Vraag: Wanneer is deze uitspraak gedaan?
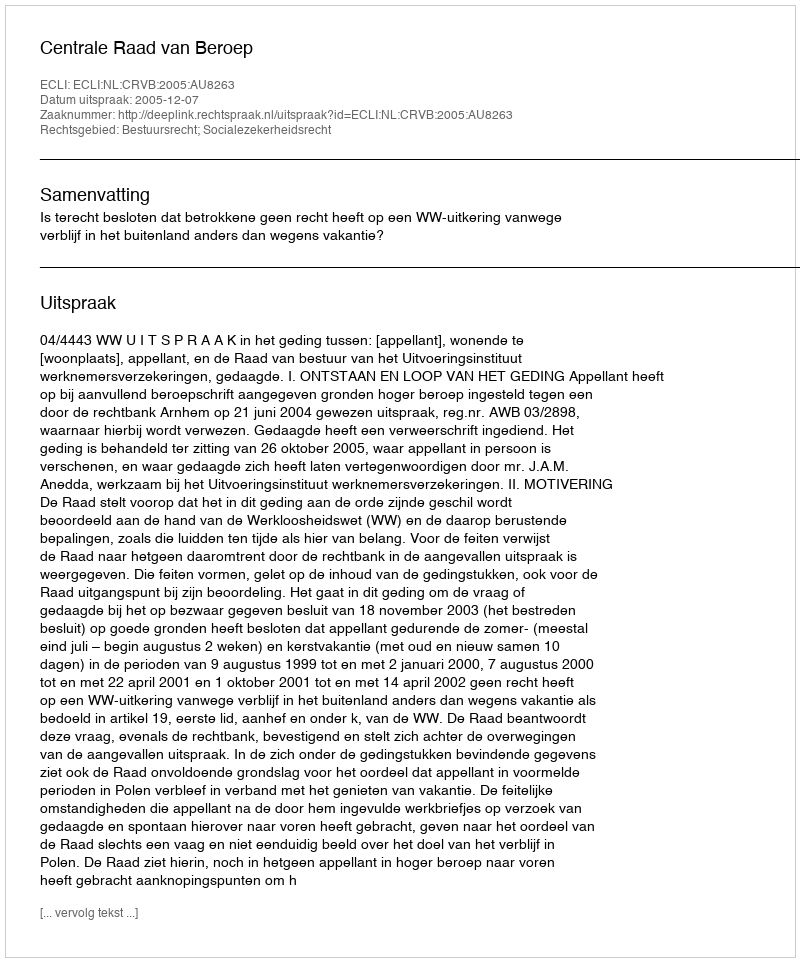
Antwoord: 2005-12-07